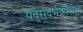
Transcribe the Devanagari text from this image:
पदसंदर्भकोशात